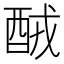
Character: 𨠤